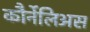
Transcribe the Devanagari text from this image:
कौर्नेलिअस